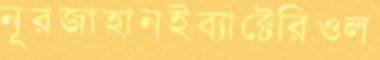
নূরজাহানইব্যাক্টেরিওল